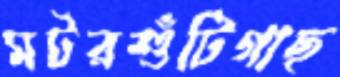
মটরশুঁটিগাছ